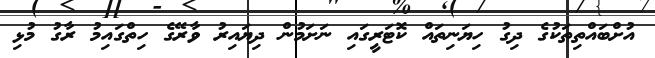
އުށްބައްތިތަކުގެ ދިގު ހިޔަނިތައް ކޮޓަރީގައި ނަށަމުން ދިޔައިރު ވާރޭގެ ހިތްގައިމު ރާގު މުޅި